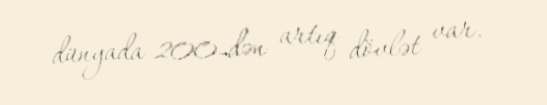
dünyada 200-dən artıq dövlət var.